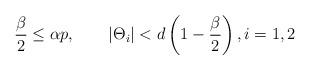
LaTeX: \begin{align*} &\frac{\beta}{2}\leq\alpha p,\qquad|\Theta_i|< d\left(1-\frac{\beta}{2}\right),i=1,2\end{align*}